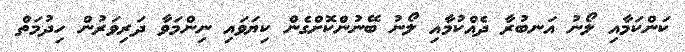
ކަންކަމާއި ލޯނު އަނބުރާ ދެއްކުމާއި ލޯނު ބޭނުންކޮށްގެން ކިޔަވައި ނިންމަވާ ދަރިވަރުން ހިދުމަތް